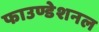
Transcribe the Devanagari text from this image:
फाउण्डेशनल